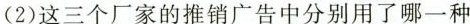
(2)这三个厂家的推销广告中分别用了哪一种